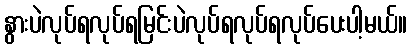
နွားပဲလုပ်ရလုပ်ရမြင်းပဲလုပ်ရလုပ်ရလုပ်ပေးပါ့မယ်။